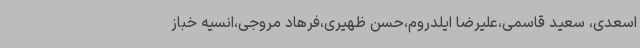
اسعدی، سعید قاسمی،علیرضا ایلدروم،حسن ظهیری،فرهاد مروجی،انسیه خباز